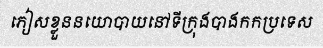
ភៀសខ្លួននយោបាយនៅទីក្រុងបាងកកប្រទេស